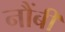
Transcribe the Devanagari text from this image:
नौंबी